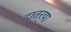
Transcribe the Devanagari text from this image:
दातर्‍या